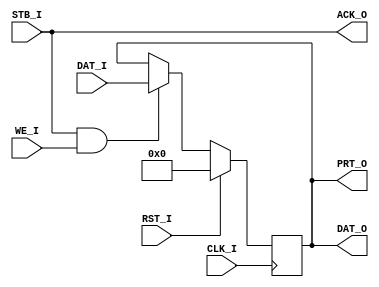
//                              -*- Mode: Verilog -*-
// Description     : Wishbone Slave 8-bit Behavorial
// Last Modified By: .
// Last Modified On: .
// Update Count    : 0
// Status          : Unknown, Use with caution!

//        Description                   Specification
// General Description:            8-bit SLAVE output port
// Supported cycles:               SLAVE, READ/WRITE
//                                 SLAVE, BLOCK READ/WRITE
//                                 SLAVE, RMW
// Data port, size:                8-bit
// Data port, granularity          8-bit
// Data port, Max. operand size    8-bit
// Data transfer ordering:         Big endian and/or little endian
// Data transfer sequencing:       undefined
//


module WBOPRT08(ACK_O, CLK_I, DAT_I, DAT_O, RST_I, STB_I, WE_I, PRT_O);
   output               ACK_O;
   input 		CLK_I;
   input [7:0] 		DAT_I;
   output [7:0] 	DAT_O;
   input 		RST_I;
   input		STB_I;
   input		WE_I;
   output [7:0] 	PRT_O;
   
   wire 		ACK_O;
   wire [7:0] 		DAT_O;
   wire [7:0] 		PRT_O;
   reg [7:0] 		Q;

   assign 		ACK_O = STB_I;
   assign 		DAT_O = Q;
   assign 		PRT_O = Q;
   
   always @(posedge CLK_I)
     begin
	if (RST_I)
	  Q <= 8'b0000_0000;
	else if (STB_I & WE_I)
	  Q <= DAT_I;
     end
   
endmodule